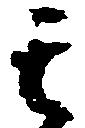
其